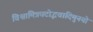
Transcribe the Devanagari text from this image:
विश्वामित्रघटोद्भवादिमुनयो